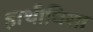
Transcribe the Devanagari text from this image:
हाथीघिसा